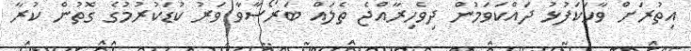
އިތުރަށް ވާހަކަފުޅު ދައްކަވަމުން ދިވެހިރާއްޖެ ތެލައް ބަރޯސާވާ ވަރު ކުޑަކުރުމުގެ ގޮތުން ކުރާ